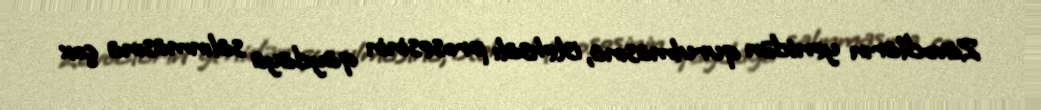
Zavodların yenidən qurulmasına, istehsalı prosesinin qaydaya salınmasına çox